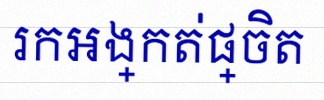
រកអង្កត់ផ្ចិត